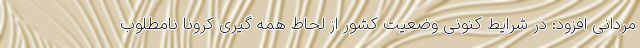
مردانی افزود: در شرایط کنونی وضعیت کشور از لحاظ همه گیری کرونا نامطلوب